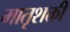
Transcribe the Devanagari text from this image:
मातृशक्ती